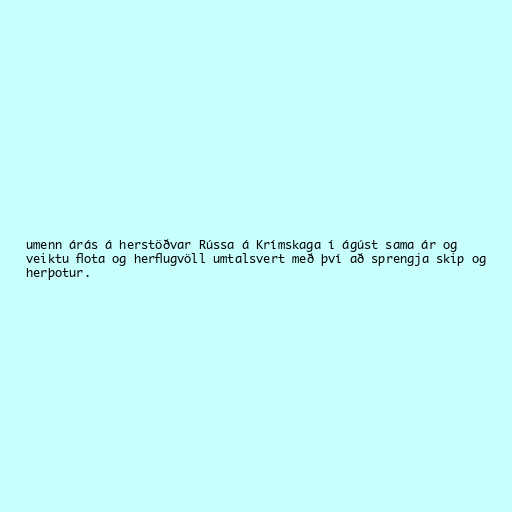
umenn árás á herstöðvar Rússa á Krímskaga í ágúst sama ár og
veiktu flota og herflugvöll umtalsvert með því að sprengja skip og
herþotur.